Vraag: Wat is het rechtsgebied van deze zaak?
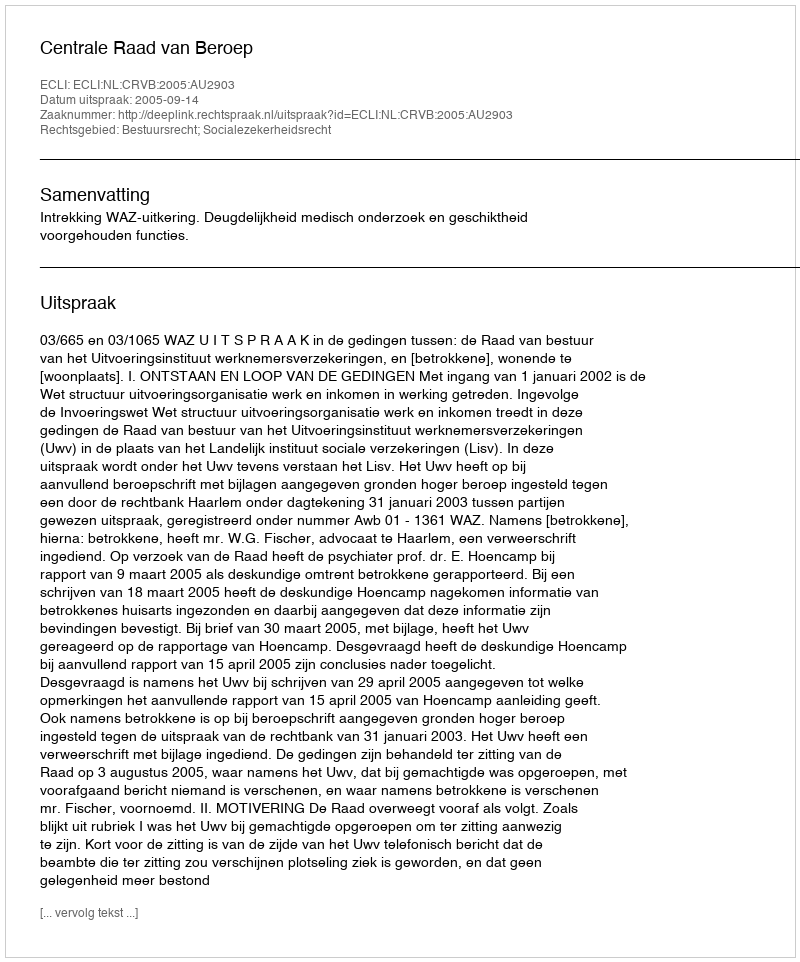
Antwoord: Bestuursrecht; Socialezekerheidsrecht